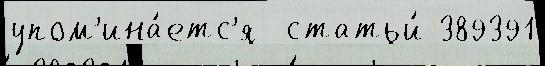
упом'ина́етс'я  статьи́ 389391